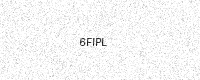
Text: 6FIPL